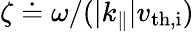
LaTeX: \zeta\doteq\omega/(|k_{\parallel}|v_{\mathrm{th,i}})